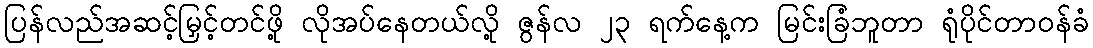
ပြန်လည်အဆင့်မြှင့်တင်ဖို့ လိုအပ်နေတယ်လို့ ဇွန်လ ၂၃ ရက်နေ့က မြင်းခြံဘူတာ ရုံပိုင်တာဝန်ခံ